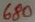
Text: 680